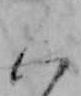
く